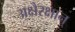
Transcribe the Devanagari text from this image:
अक्षैरक्षान्